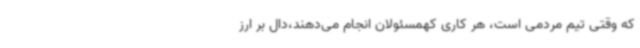
که وقتی تیم مردمی است، هر کاری کهمسئولان انجام می‌دهند،دال بر ارز